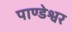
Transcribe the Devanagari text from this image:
पाण्डेश्वर